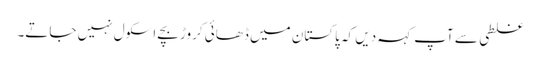
غلطی سے آپ کہہ دیں کہ پاکستان میں ڈھائی کروڑ بچے اسکول نہیں جاتے۔